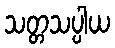
သတ္တသပ္ပါယ